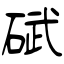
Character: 碔